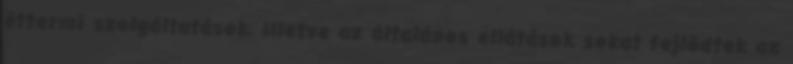
éttermi szolgáltatások, illetve az általános ellátások sokat fejlődtek az